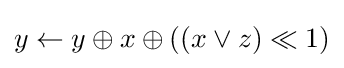
y\gets y\oplus x\oplus ((x\lor z)\ll 1)